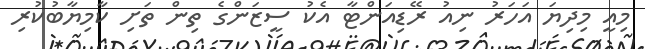
މިއީ މިދިޔަ އަހަރު ނިއު ރޭޑިއަންޓާ އެކު ސީޒަންގެ ތިން ތަށި ކާމިޔާބުކުރި